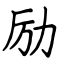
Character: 励